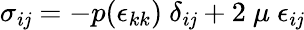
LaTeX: \sigma_{i\mathit{j}}=-p(\epsilon_{kk})~\delta_{i\mathit{j}}+2~\mu~\epsilon_{i\mathit{j}}